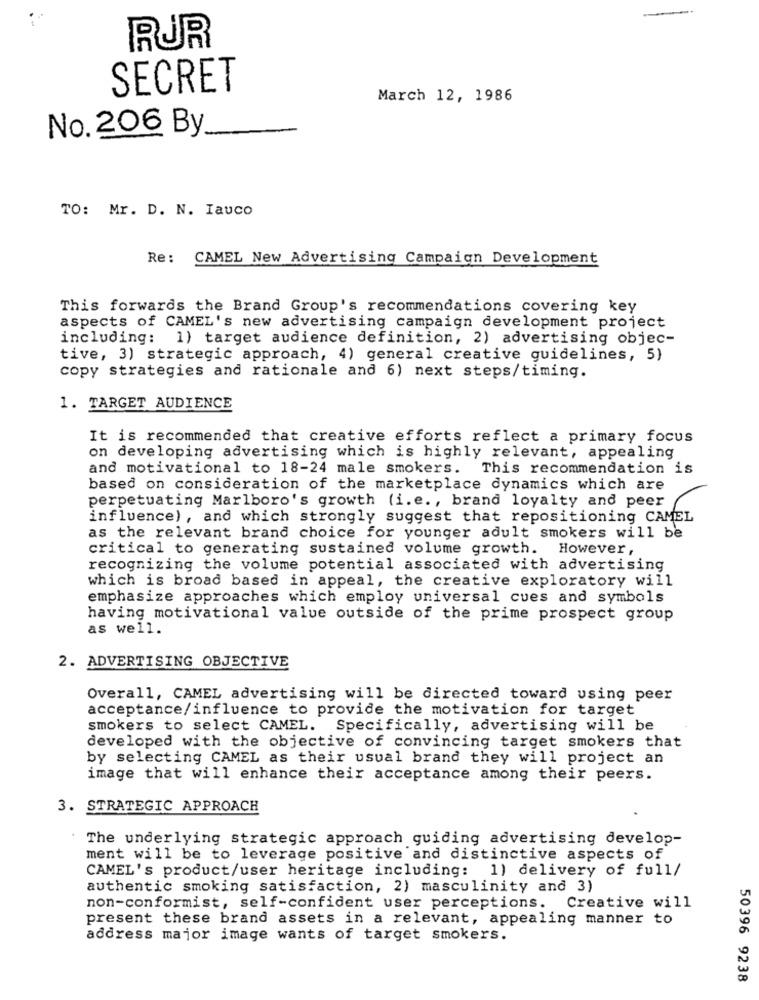
RUR
SECRET
March 12, 1986
No. 206 By
TO: Mr. D. N. Iauco
Re:
CAMEL New Advertising Campaign Development
This forwards the Brand Group's recommendations covering key
aspects of CAMEL's new advertising campaign development project
including: 1) target audience definition, 2) advertising objec-
tive, 3) strategic approach, 4) general creative guidelines, 5)
copy strategies and rationale and 6) next steps/timing.
1. TARGET AUDIENCE
It is recommended that creative efforts reflect a primary focus
on developing advertising which is highly relevant, appealing
and motivational to 18-24 male smokers. This recommendation is
based on consideration of the marketplace dynamics which are
perpetuating Marlboro's growth (i.e ., brand loyalty and peer
influence), and which strongly suggest that repositioning CAMEL
as the relevant brand choice for younger adult smokers will be
critical to generating sustained volume growth.
However ,
recognizing the volume potential associated with advertising
which is broad based in appeal, the creative exploratory will
emphasize approaches which employ universal cues and symbols
having motivational value outside of the prime prospect group
as well.
2. ADVERTISING OBJECTIVE
Overall, CAMEL advertising will be directed toward using peer
acceptance/influence to provide the motivation for target
smokers to select CAMEL. Specifically, advertising will be
developed with the objective of convincing target smokers that
by selecting CAMEL as their usual brand they will project an
image that will enhance their acceptance among their peers.
3. STRATEGIC APPROACH
The underlying strategic approach quiding advertising develop-
ment will be to leverage positive and distinctive aspects of
CAMEL's product/user heritage including: 1) delivery of full/
authentic smoking satisfaction, 2) masculinity and 3)
non-conformist, self-confident user perceptions. Creative will
present these brand assets in a relevant, appealing manner to
address major image wants of target smokers.
50396 9238